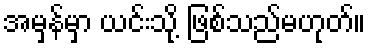
အမှန်မှာ ယင်းသို့ ဖြစ်သည်မဟုတ်။